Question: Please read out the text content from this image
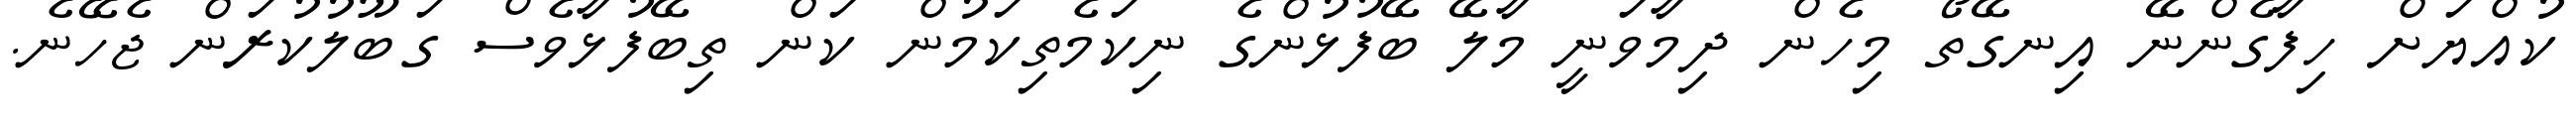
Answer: ކުއްޔަށް ހިފާގެންނޭ އިނގޭތޯ މިހެން ދިމާވަނީ މާލޭ ބޭފުޅުންގެ ނިކަމެތިކަމުން ކަން ތިބޭފުޅާވެސް ގަބޫލުކުރަން ޖެހޭނެ.